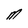
Character: M